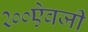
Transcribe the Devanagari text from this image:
२००ऐवजी